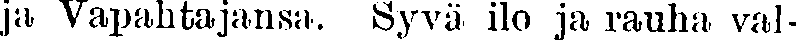
ja Vapahtajansa. Syvä ilo ja rauha val-